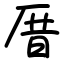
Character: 厝